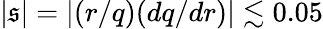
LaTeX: |\mathfrak{s}|=|(r/q)(dq/dr)|\lesssim0.05